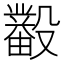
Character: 𰚊